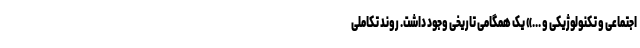
اجتماعی و تکنولوژیکی و ...» یک همگامی تاریخی وجود داشت. روند تکاملی